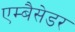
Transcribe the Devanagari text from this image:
एम्बैसेडर